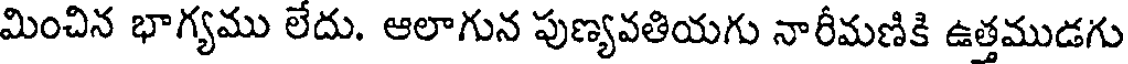
మించిన భాగ్యము లేదు. ఆలాగున పుణ్యవతియగు నారీమణికి ఉత్తముడగు